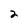
Character: 2